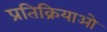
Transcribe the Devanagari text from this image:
प्रतिक्रियाओ